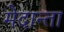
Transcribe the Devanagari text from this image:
मेदान्ता